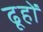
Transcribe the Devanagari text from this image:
ढूहों